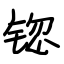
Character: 锪